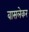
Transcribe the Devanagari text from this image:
वासलेकर